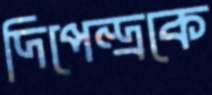
দিপেন্দ্রকে